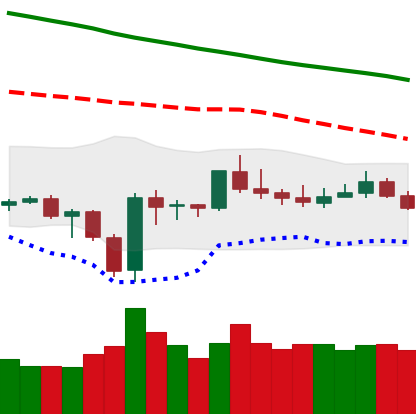
Ticker: BTC-USD
Chart end date: 2019-12-31
Forward return: 3.027%
Label: up_3_5